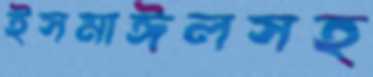
ইসমাঈলসহ